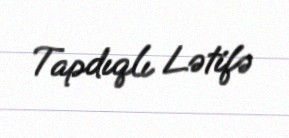
Tapdıqlı Lətifə